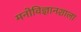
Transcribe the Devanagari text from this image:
मनोविज्ञानशाला